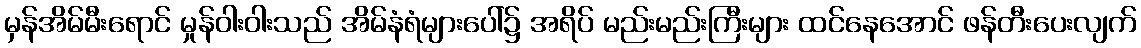
မှန်အိမ်မီးရောင် မှုန်ဝါးဝါးသည် အိမ်နံရံများပေါ်၌ အရိပ် မည်းမည်းကြီးများ ထင်နေအောင် ဖန်တီးပေးလျက်